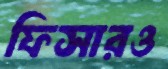
ফিসারও